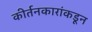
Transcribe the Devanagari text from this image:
कीर्तनकारांकडून